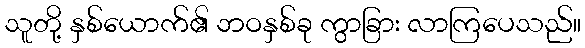
သူတို့ နှစ်ယောက်၏ ဘဝနှစ်ခု ကွာခြား လာကြပေသည်။